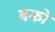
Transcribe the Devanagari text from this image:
बको